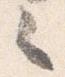
々